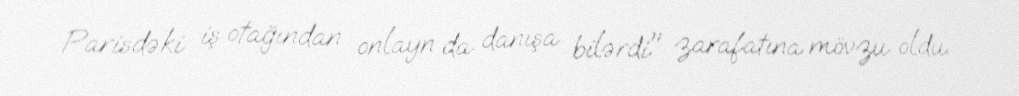
Parisdəki iş otağından onlayn da danışa bilərdi" zarafatına mövzu oldu.